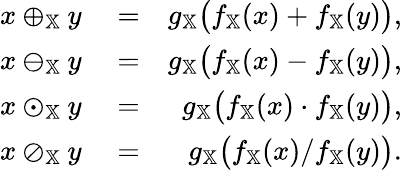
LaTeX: \begin{array}{rlr}{x\oplus_{\mathbb{X}}y}&{{}=}&{g_{\mathbb{X}}\big(f_{\mathbb{X}}(x)+f_{\mathbb{X}}(y)\big),}\\ {x\ominus_{\mathbb{X}}y}&{{}=}&{g_{\mathbb{X}}\big(f_{\mathbb{X}}(x)-f_{\mathbb{X}}(y)\big),}\\ {x\odot_{\mathbb{X}}y}&{{}=}&{g_{\mathbb{X}}\big(f_{\mathbb{X}}(x)\cdot f_{\mathbb{X}}(y)\big),}\\ {x\oslash_{\mathbb{X}}y}&{{}=}&{g_{\mathbb{X}}\big(f_{\mathbb{X}}(x)/f_{\mathbb{X}}(y)\big).}\end{array}